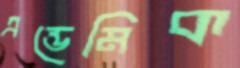
এন্ডেমিক